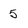
Character: 5